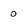
Character: o